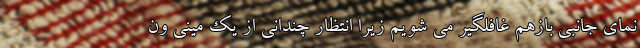
نمای جانبی بازهم غافلگیر می شویم زیرا انتظار چندانی از یک مینی ون